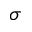
\sigma